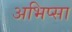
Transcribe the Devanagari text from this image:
अभिप्सा